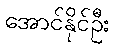
အောင်နိုင်ဦး